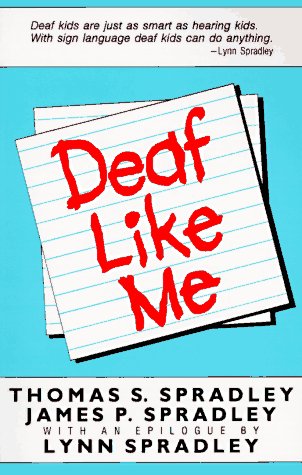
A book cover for Deaf Like Me; Thomas S. Spradley; Biographies & Memoirs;